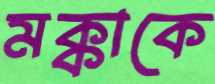
মক্কাকে